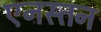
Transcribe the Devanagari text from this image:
एनस्तन